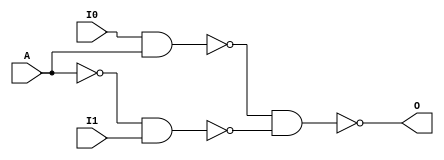
module muxTwotoOne(I0,I1,A,O);
input I0,I1;
input A;
output O;

wire Abar=~A;

assign O=~(~(I0&A)&~(Abar&I1));

endmodule



module barrelShifter(I,mag,O);
input [9:0]I;
input [3:0]mag;
output [9:0]O;

wire [9:0] O1,O2,O3;

//level 0
muxTwotoOne m00(I[9],1'b0,~mag[0],O1[9]);
muxTwotoOne m01(I[8],I[9],~mag[0],O1[8]); 
muxTwotoOne m02(I[7],I[8],~mag[0],O1[7]); 
muxTwotoOne m03(I[6],I[7],~mag[0],O1[6]); 
muxTwotoOne m04(I[5],I[6],~mag[0],O1[5]); 
muxTwotoOne m05(I[4],I[5],~mag[0],O1[4]); 
muxTwotoOne m06(I[3],I[4],~mag[0],O1[3]); 
muxTwotoOne m07(I[2],I[3],~mag[0],O1[2]); 
muxTwotoOne m08(I[1],I[2],~mag[0],O1[1]); 
muxTwotoOne m09(I[0],I[1],~mag[0],O1[0]); 


//level 1
muxTwotoOne m10(O1[9],1'b0,~mag[1],O2[9]);
muxTwotoOne m11(O1[8],1'b0,~mag[1],O2[8]);
muxTwotoOne m12(O1[7],O1[9],~mag[1],O2[7]);
muxTwotoOne m13(O1[6],O1[8],~mag[1],O2[6]);
muxTwotoOne m14(O1[5],O1[7],~mag[1],O2[5]);
muxTwotoOne m15(O1[4],O1[6],~mag[1],O2[4]);
muxTwotoOne m16(O1[3],O1[5],~mag[1],O2[3]);
muxTwotoOne m17(O1[2],O1[4],~mag[1],O2[2]);
muxTwotoOne m18(O1[1],O1[3],~mag[1],O2[1]);
muxTwotoOne m19(O1[0],O1[2],~mag[1],O2[0]);


//level 2
muxTwotoOne m20(O2[9],1'b0,~mag[2],O3[9]);
muxTwotoOne m21(O2[8],1'b0,~mag[2],O3[8]);
muxTwotoOne m22(O2[7],1'b0,~mag[2],O3[7]);
muxTwotoOne m23(O2[6],1'b0,~mag[2],O3[6]);
muxTwotoOne m24(O2[5],O2[9],~mag[2],O3[5]);
muxTwotoOne m25(O2[4],O2[8],~mag[2],O3[4]);
muxTwotoOne m26(O2[3],O2[7],~mag[2],O3[3]);
muxTwotoOne m27(O2[2],O2[6],~mag[2],O3[2]);
muxTwotoOne m28(O2[1],O2[5],~mag[2],O3[1]); 
muxTwotoOne m29(O2[0],O2[4],~mag[2],O3[0]);


//level 3
muxTwotoOne m30(O3[9],1'b0,~mag[3],O[9]);
muxTwotoOne m31(O3[8],1'b0,~mag[3],O[8]);
muxTwotoOne m32(O3[7],1'b0,~mag[3],O[7]);
muxTwotoOne m33(O3[6],1'b0,~mag[3],O[6]);
muxTwotoOne m34(O3[5],1'b0,~mag[3],O[5]);
muxTwotoOne m35(O3[4],1'b0,~mag[3],O[4]);
muxTwotoOne m36(O3[3],1'b0,~mag[3],O[3]);
muxTwotoOne m37(O3[2],1'b0,~mag[3],O[2]);
muxTwotoOne m38(O3[1],O3[9],~mag[3],O[1]);
muxTwotoOne m39(O3[0],O3[8],~mag[3],O[0]);





endmodule

module barrelShifterLeft(I,mag,O);
input [9:0]I;
input [3:0]mag;
output [9:0]O;

wire [9:0] O1,O2,O3;

//level 0
muxTwotoOne m00(I[0],1'b0,~mag[0],O1[0]);
muxTwotoOne m01(I[1],I[0],~mag[0],O1[1]); 
muxTwotoOne m02(I[2],I[1],~mag[0],O1[2]); 
muxTwotoOne m03(I[3],I[2],~mag[0],O1[3]); 
muxTwotoOne m04(I[4],I[3],~mag[0],O1[4]); 
muxTwotoOne m05(I[5],I[4],~mag[0],O1[5]); 
muxTwotoOne m06(I[6],I[5],~mag[0],O1[6]); 
muxTwotoOne m07(I[7],I[6],~mag[0],O1[7]); 
muxTwotoOne m08(I[8],I[7],~mag[0],O1[8]); 
muxTwotoOne m09(I[9],I[8],~mag[0],O1[9]); 


//level 1
muxTwotoOne m10(O1[0],1'b0,~mag[1],O2[0]);
muxTwotoOne m11(O1[1],1'b0,~mag[1],O2[1]);
muxTwotoOne m12(O1[2],O1[0],~mag[1],O2[2]);
muxTwotoOne m13(O1[3],O1[1],~mag[1],O2[3]);
muxTwotoOne m14(O1[4],O1[2],~mag[1],O2[4]);
muxTwotoOne m15(O1[5],O1[3],~mag[1],O2[5]);
muxTwotoOne m16(O1[6],O1[4],~mag[1],O2[6]);
muxTwotoOne m17(O1[7],O1[5],~mag[1],O2[7]);
muxTwotoOne m18(O1[8],O1[6],~mag[1],O2[8]);
muxTwotoOne m19(O1[9],O1[7],~mag[1],O2[9]);


//level 2
muxTwotoOne m20(O2[0],1'b0,~mag[2],O3[0]);
muxTwotoOne m21(O2[1],1'b0,~mag[2],O3[1]);
muxTwotoOne m22(O2[2],1'b0,~mag[2],O3[2]);
muxTwotoOne m23(O2[3],1'b0,~mag[2],O3[3]);
muxTwotoOne m24(O2[4],O2[0],~mag[2],O3[4]);
muxTwotoOne m25(O2[5],O2[1],~mag[2],O3[5]);
muxTwotoOne m26(O2[6],O2[2],~mag[2],O3[6]);
muxTwotoOne m27(O2[7],O2[3],~mag[2],O3[7]);
muxTwotoOne m28(O2[8],O2[4],~mag[2],O3[8]); 
muxTwotoOne m29(O2[9],O2[5],~mag[2],O3[9]);


//level 3
muxTwotoOne m30(O3[0],1'b0,~mag[3],O[0]);
muxTwotoOne m31(O3[1],1'b0,~mag[3],O[1]);
muxTwotoOne m32(O3[2],1'b0,~mag[3],O[2]);
muxTwotoOne m33(O3[3],1'b0,~mag[3],O[3]);
muxTwotoOne m34(O3[4],1'b0,~mag[3],O[4]);
muxTwotoOne m35(O3[5],1'b0,~mag[3],O[5]);
muxTwotoOne m36(O3[6],1'b0,~mag[3],O[6]);
muxTwotoOne m37(O3[7],1'b0,~mag[3],O[7]);
muxTwotoOne m38(O3[8],O3[0],~mag[3],O[8]);
muxTwotoOne m39(O3[9],O3[1],~mag[3],O[9]);





endmodule